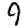
Digit: 9